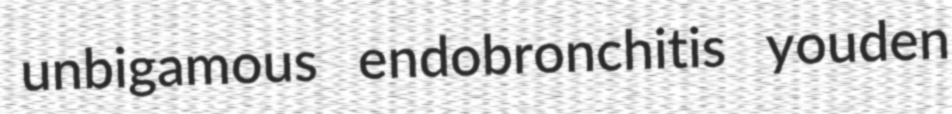
unbigamous endobronchitis youden